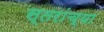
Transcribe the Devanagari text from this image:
स्तरांच्या